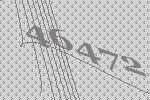
46472